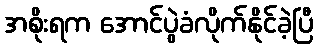
အစိုးရက အောင်ပွဲခံလိုက်နိုင်ခဲ့ပြီ